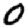
Digit: 0